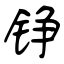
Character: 铮